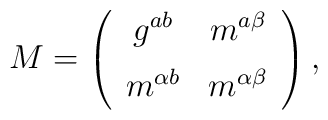
M=\left(\begin{array}{cc}g^{ab}&m^{a\beta}\\[\medskipamount]m^{\alpha b}&m^{\alpha\beta}\end{array}\right),